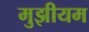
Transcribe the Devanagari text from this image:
मुझीयम